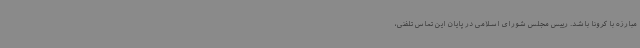
مبارزه با کرونا باشد. رییس مجلس شورای اسلامی در پایان این تماس تلفنی،